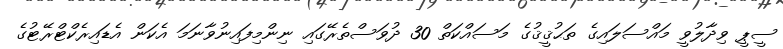
ސީޕީ ވިދާލުވީ މައްސަލައިގެ ތަޙުޤީޤުގެ މަސައްކަތް 30 ދުވަސްތެރޭގައި ނިންމިފައިނުވާނަމަ އެކަން އެޑައިރެކްޓްރޭޓުގެ